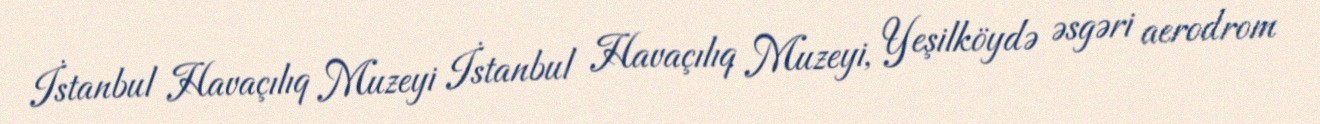
İstanbul Havaçılıq Muzeyi İstanbul Havaçılıq Muzeyi, Yeşilköydə əsgəri aerodrom